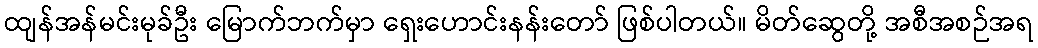
ထျန်အန်မင်းမုခ်ဦး မြောက်ဘက်မှာ ရှေးဟောင်းနန်းတော် ဖြစ်ပါတယ်။ မိတ်ဆွေတို့ အစီအစဉ်အရ